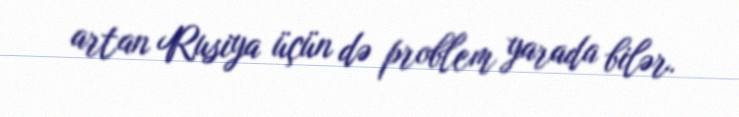
artan Rusiya üçün də problem yarada bilər.